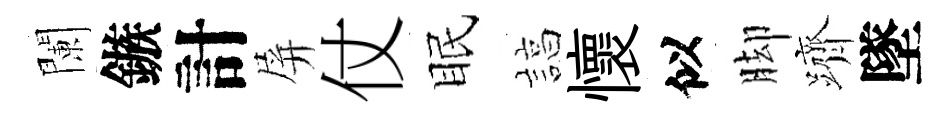
闌鏃計屏仗眠諄懷似脚躋墜